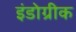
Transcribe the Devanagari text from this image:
इंडोग्रीक